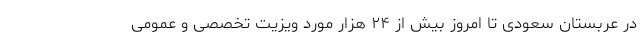
در عربستان سعودی تا امروز بیش از ۲۴ هزار مورد ویزیت تخصصی و عمومی